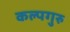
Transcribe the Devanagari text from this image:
कल्पगुरु